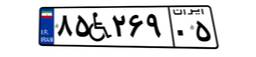
۸۵W۲۶۹۰۵